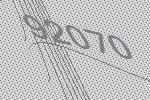
92070